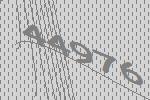
44976